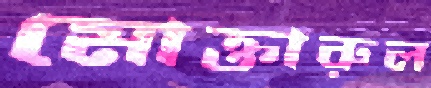
মোক্তারুল